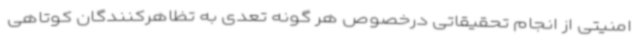
امنیتی از انجام تحقیقاتی درخصوص هر گونه تعدی به تظاهرکنندگان کوتاهی